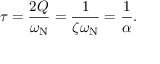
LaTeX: \tau = { \frac { 2 Q } { \omega _ { \mathrm { N } } } } = { \frac { 1 } { \zeta \omega _ { \mathrm { N } } } } = { \frac { 1 } { \alpha } } .